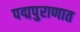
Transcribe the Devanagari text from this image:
पद्मपुराणात